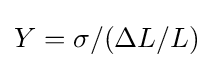
Y=\sigma /(\Delta L/L)